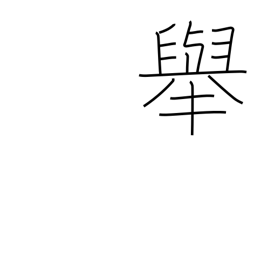
Meaning: behavior